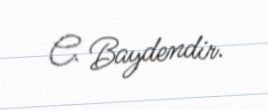
C. Baydendir.